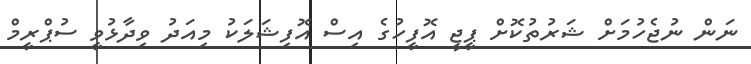
ނަން ނުޖެހުމަށް ޝަރުތުކޮށް ޕީޖީ އޮފީހުގެ އިސް އޮފިޝަލަކު މިއަދު ވިދާޅުވީ ސުޕްރީމް